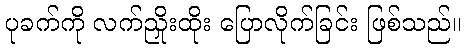
ပုခက်ကို လက်ညှိုးထိုး ပြောလိုက်ခြင်း ဖြစ်သည်။